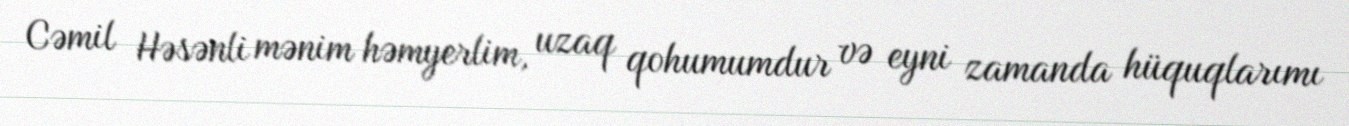
Cəmil Həsənli mənim həmyerlim, uzaq qohumumdur və eyni zamanda hüquqlarımı